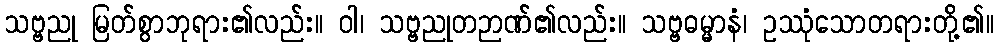
သဗ္ဗညု မြတ်စွာဘုရား၏လည်း။ ဝါ၊ သဗ္ဗညုတဉာဏ်၏လည်း။ သဗ္ဗဓမ္မာနံ၊ ဥဿုံသောတရားတို့၏။